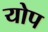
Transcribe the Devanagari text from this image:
योप